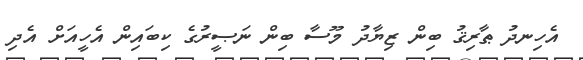
އެހިނދު ޠާރިޤު ބިން ޒިޔާދު މޫސާ ބިން ނަޞީރުގެ ކިބައިން އެހީއަށް އެދި